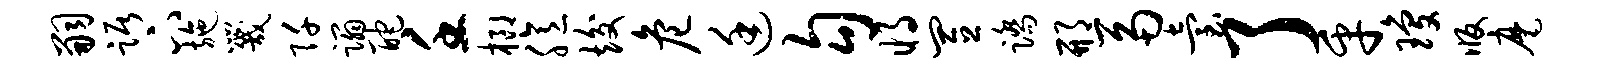
嗣踞下施咒阡蹋酡壬榔臆竣危廷勾将置踏邢鬲台了乎琼版麾